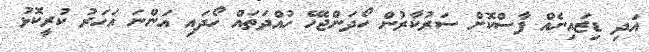
އަދި ޑިޒައިނެއް ފާސްކޮށް ސަރުކާރުން ހޯދަންޖެހޭ ހުއްދަތައް ހޯދައި އަންނަ އަހަރު ކުރީކޮޅު